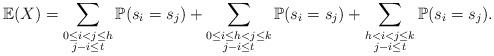
LaTeX: \begin{align*}\mathbb{E}(X)=\sum_{\substack{0\leq i<j \leq h\\j - i \leq t}} \mathbb{P}(s_i=s_j)+\sum_{\substack{0\leq i\leq h<j\leq k\\j - i \leq t}} \mathbb{P}(s_i=s_j)+\sum_{\substack{h< i<j \leq k\\j - i \leq t}} \mathbb{P}(s_i=s_j).\end{align*}